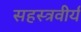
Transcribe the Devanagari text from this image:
सहस्त्रवीर्य